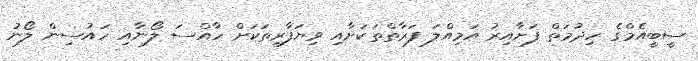
ސީބީއެމްގެ ހިދުމަތް ފަށާއިރު އަމިއްލަ ފަރާތްތަކަށާއި ވިޔަފާރިތަކަށް ހާއްސަ ލޯނާއި ހައުސިން ލޯނު